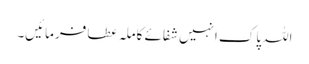
اللہ پاک انہیں شفائے کاملہ عطا فرمائیں۔